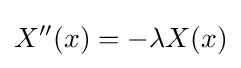
X''(x)=-\lambda X(x)